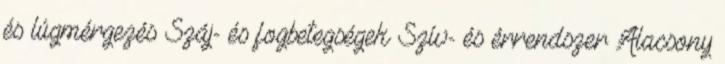
és lúgmérgezés Száj- és fogbetegségek Szív- és érrendszer Alacsony